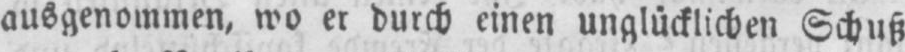
ausgenommen, wo er durch einen unglücklichen Schuß